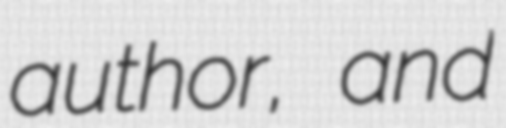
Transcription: author, and